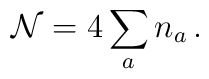
{\cal N}= 4\sum_a n_a  \, .